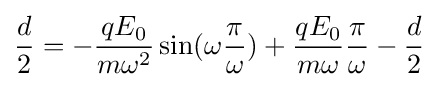
{\frac {d}{2}}=-{\frac {qE_{0}}{m\omega ^{2}}}\sin(\omega {\frac {\pi }{\omega }})+{\frac {qE_{0}}{m\omega }}{\frac {\pi }{\omega }}-{\frac {d}{2}}